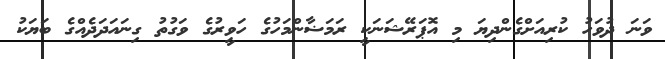
ވަނަ ދުވަހު ކުރިއަށްގެންދިޔަ މި އޮޕަރޭޝަނަކީ ރަމަޟާންމަހުގެ ހަވީރުގެ ވަގުތު ގިނައަދަދެއްގެ ބަޔަކު